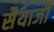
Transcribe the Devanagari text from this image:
सैयाजी